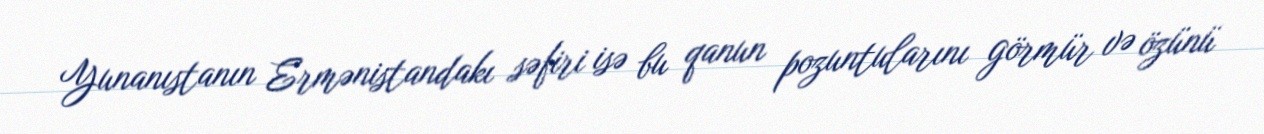
Yunanıstanın Ermənistandakı səfiri isə bu qanun pozuntularını görmür və özünü